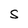
Character: s